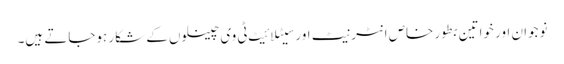
نوجوان اور خواتین بطور خاص انٹرنیٹ اور سیٹلائیٹ ٹی وی چینلوں کے شکار ہوجاتے ہیں۔